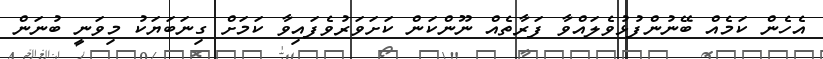
އެހެން ކަމެއް ބޭނުންފުޅުވެލައްވާ ފަރާތެއް ނޫންކަން ކަށަވަރުވެފައިވާ ކަމަށް ގިނަބަޔަކު މިވަނީ ބުނަން